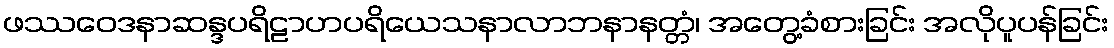
ဖဿဝေဒနာဆန္ဒပရိဠာဟပရိယေသနာလာဘနာနတ္တံ၊ အတွေ့ခံစားခြင်း အလိုပူပန်ခြင်း